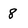
Character: 8